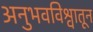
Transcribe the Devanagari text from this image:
अनुभवविश्वातून